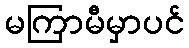
မကြာမီမှာပင်